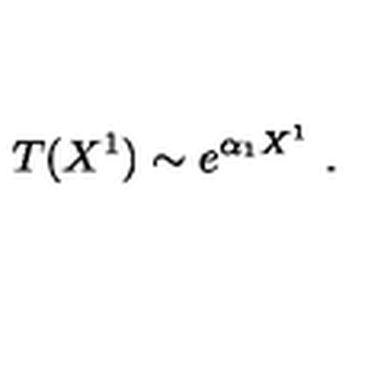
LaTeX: T ( X ^ { 1 } ) \sim e ^ { \alpha _ { 1 } X ^ { 1 } } \ .